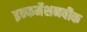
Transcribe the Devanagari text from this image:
इन्फर्मेशनवीक